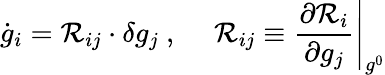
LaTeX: \dot{g}_{i}={\cal R}_{ij}\cdot\delta g_{j}\ ,\ \ \ \ \ {\cal R}_{ij}\equiv\left.\frac{\partial{\cal R}_{i}}{\partial g_{j}}\right|_{g^{0}}